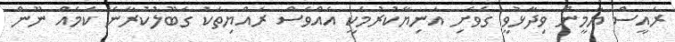
ރައީސް ޔާމީން ވިދާޅުވީ ގެވެށި އަނިޔާކުރުމަކީ އެއްވެސް ރައްޔިތަކު ގަބޫލުކުރާނެ ކަމެއް ނޫން